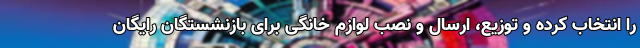
را انتخاب کرده و توزیع، ارسال و نصب لوازم خانگی برای بازنشستگان رایگان